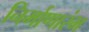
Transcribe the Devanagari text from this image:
निर्माणारंभ